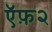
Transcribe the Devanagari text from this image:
ऍफ़२